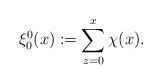
\begin{align*} \xi_{0}^0(x):=\sum_{z=0}^x \chi(x).\end{align*}